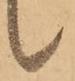
候